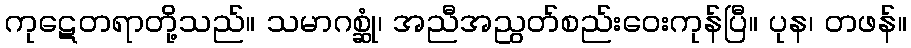
ကုဋေတရာတို့သည်။ သမာဂစ္ဆုံ၊ အညီအညွတ်စည်းဝေးကုန်ပြီ။ ပုန၊ တဖန်။